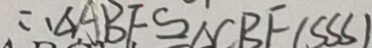
\therefore \Delta A B F \cong \Delta C B F ( S S S )